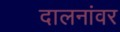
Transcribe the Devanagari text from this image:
दालनांवर